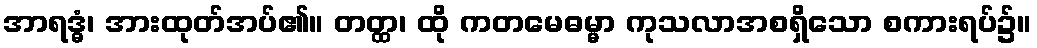
အာရဒ္ဓံ၊ အားထုတ်အပ်၏။ တတ္ထ၊ ထို ကတမေဓမ္မာ ကုသလာအစရှိသော စကားရပ်၌။